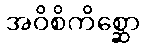
အဝိစိကိစ္ဆော